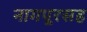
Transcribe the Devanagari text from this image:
नागपूरसह